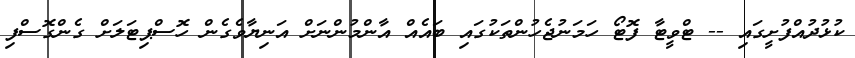
ކުޅުދުއްފުށީގައި -- ޓްވީޓާ ފޮޓޯ ހަމަނުޖެހުންތަކުގައި ބައެއް އާންމުންނަށް އަނިޔާވެގެން ހޮސްޕިޓަލަށް ގެންގޮސްފި